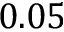
0 . 0 5